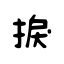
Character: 捩